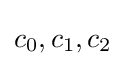
c_{0},c_{1},c_{2}